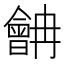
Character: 𱢷